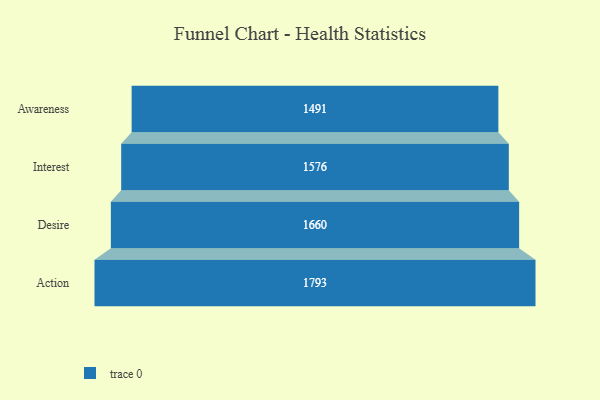
{"axis": {"x": "Stage", "y": "Value"}, "legend": [""], "data": [{"x": "Awareness", "y": 1491.0, "type": ""}, {"x": "Interest", "y": 1576.0, "type": ""}, {"x": "Desire", "y": 1660.0, "type": ""}, {"x": "Action", "y": 1793.0, "type": ""}]}